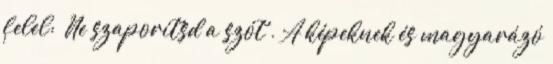
felel: «Ne szaporítsd a szót». A képeknek és magyarázó